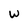
Character: W